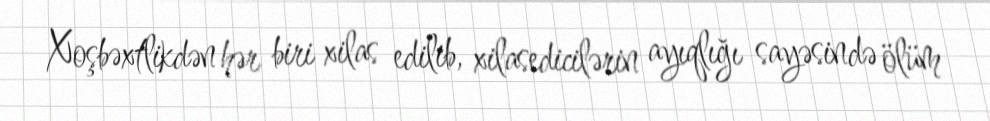
Xoşbəxtlikdən hər biri xilas edilib, xilasedicilərin ayıqlığı sayəsində ölüm